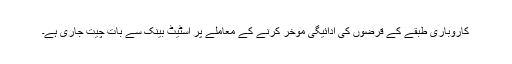
کاروباری طبقے کے قرضوں کی ادائیگی موخر کرنے کے معاملے پر اسٹیٹ بینک سے بات چیت جاری ہے۔